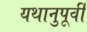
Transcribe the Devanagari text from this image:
यथानुपूर्वी